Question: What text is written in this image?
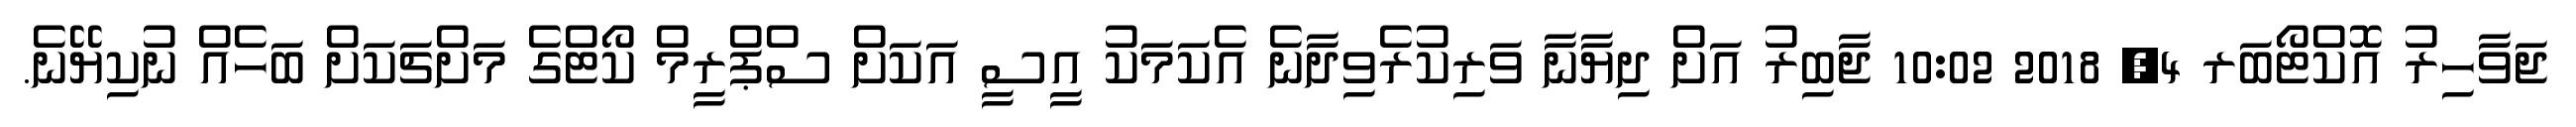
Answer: ޖަވާހިރު އޮކްޓޯބަރ 4, 2018 10:02 ޖާބިރު އަށް ދިޔާނާ ވަރިކުރެވިދާނެ އެކަމަކު އީސީ އަކަށް ސްޕްރީމް ކޯޓްގެ މަށްޗަކަށް ބަހެއް ނުކިޔޭނެ.